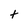
Character: t